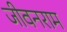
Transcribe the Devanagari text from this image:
जीवनराम